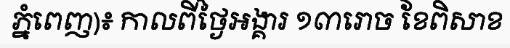
ភ្នំពេញ)៖ កាលពីថ្ងៃអង្គារ ១៣រោច ខែពិសាខ